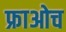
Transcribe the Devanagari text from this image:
फ्राओच